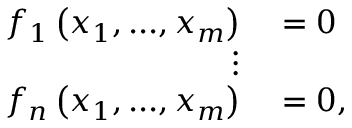
\begin{array} { r l } { f _ { 1 } \left( x _ { 1 } , . . . , x _ { m } \right) } & { { } = 0 } \\ { \vdots } \\ { f _ { n } \left( x _ { 1 } , . . . , x _ { m } \right) } & { { } = 0 , } \end{array}